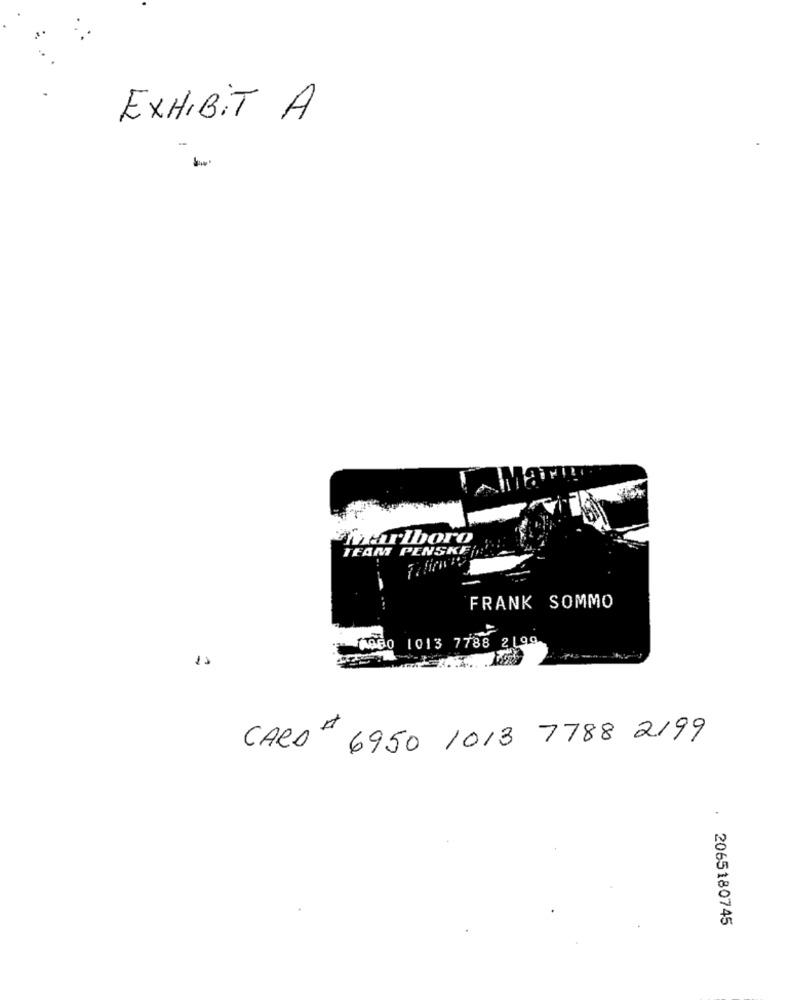
EXHIBIT A
Ma
marlboro
TEAM PENSKE
FRANK SOMMO
A000 1013 7788 2199
CARD- 6950 1013 7788 2199
. 2065180745